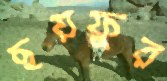
ছয়ফুর